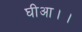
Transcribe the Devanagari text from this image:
घीआ।।